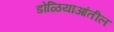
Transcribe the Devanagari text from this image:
डोळियाआंतील